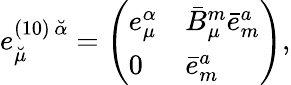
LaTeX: e_{\breve{\mu}}^{(10)\, \breve{\alpha}}=\left(\begin{array}{ll}{{e_{\mu}^{\alpha}}}&{{\bar{B}_{\mu}^{m}\bar{e}_{m}^{a}}}\\ {{0}}&{{\bar{e}_{m}^{a}}}\end{array}\right),